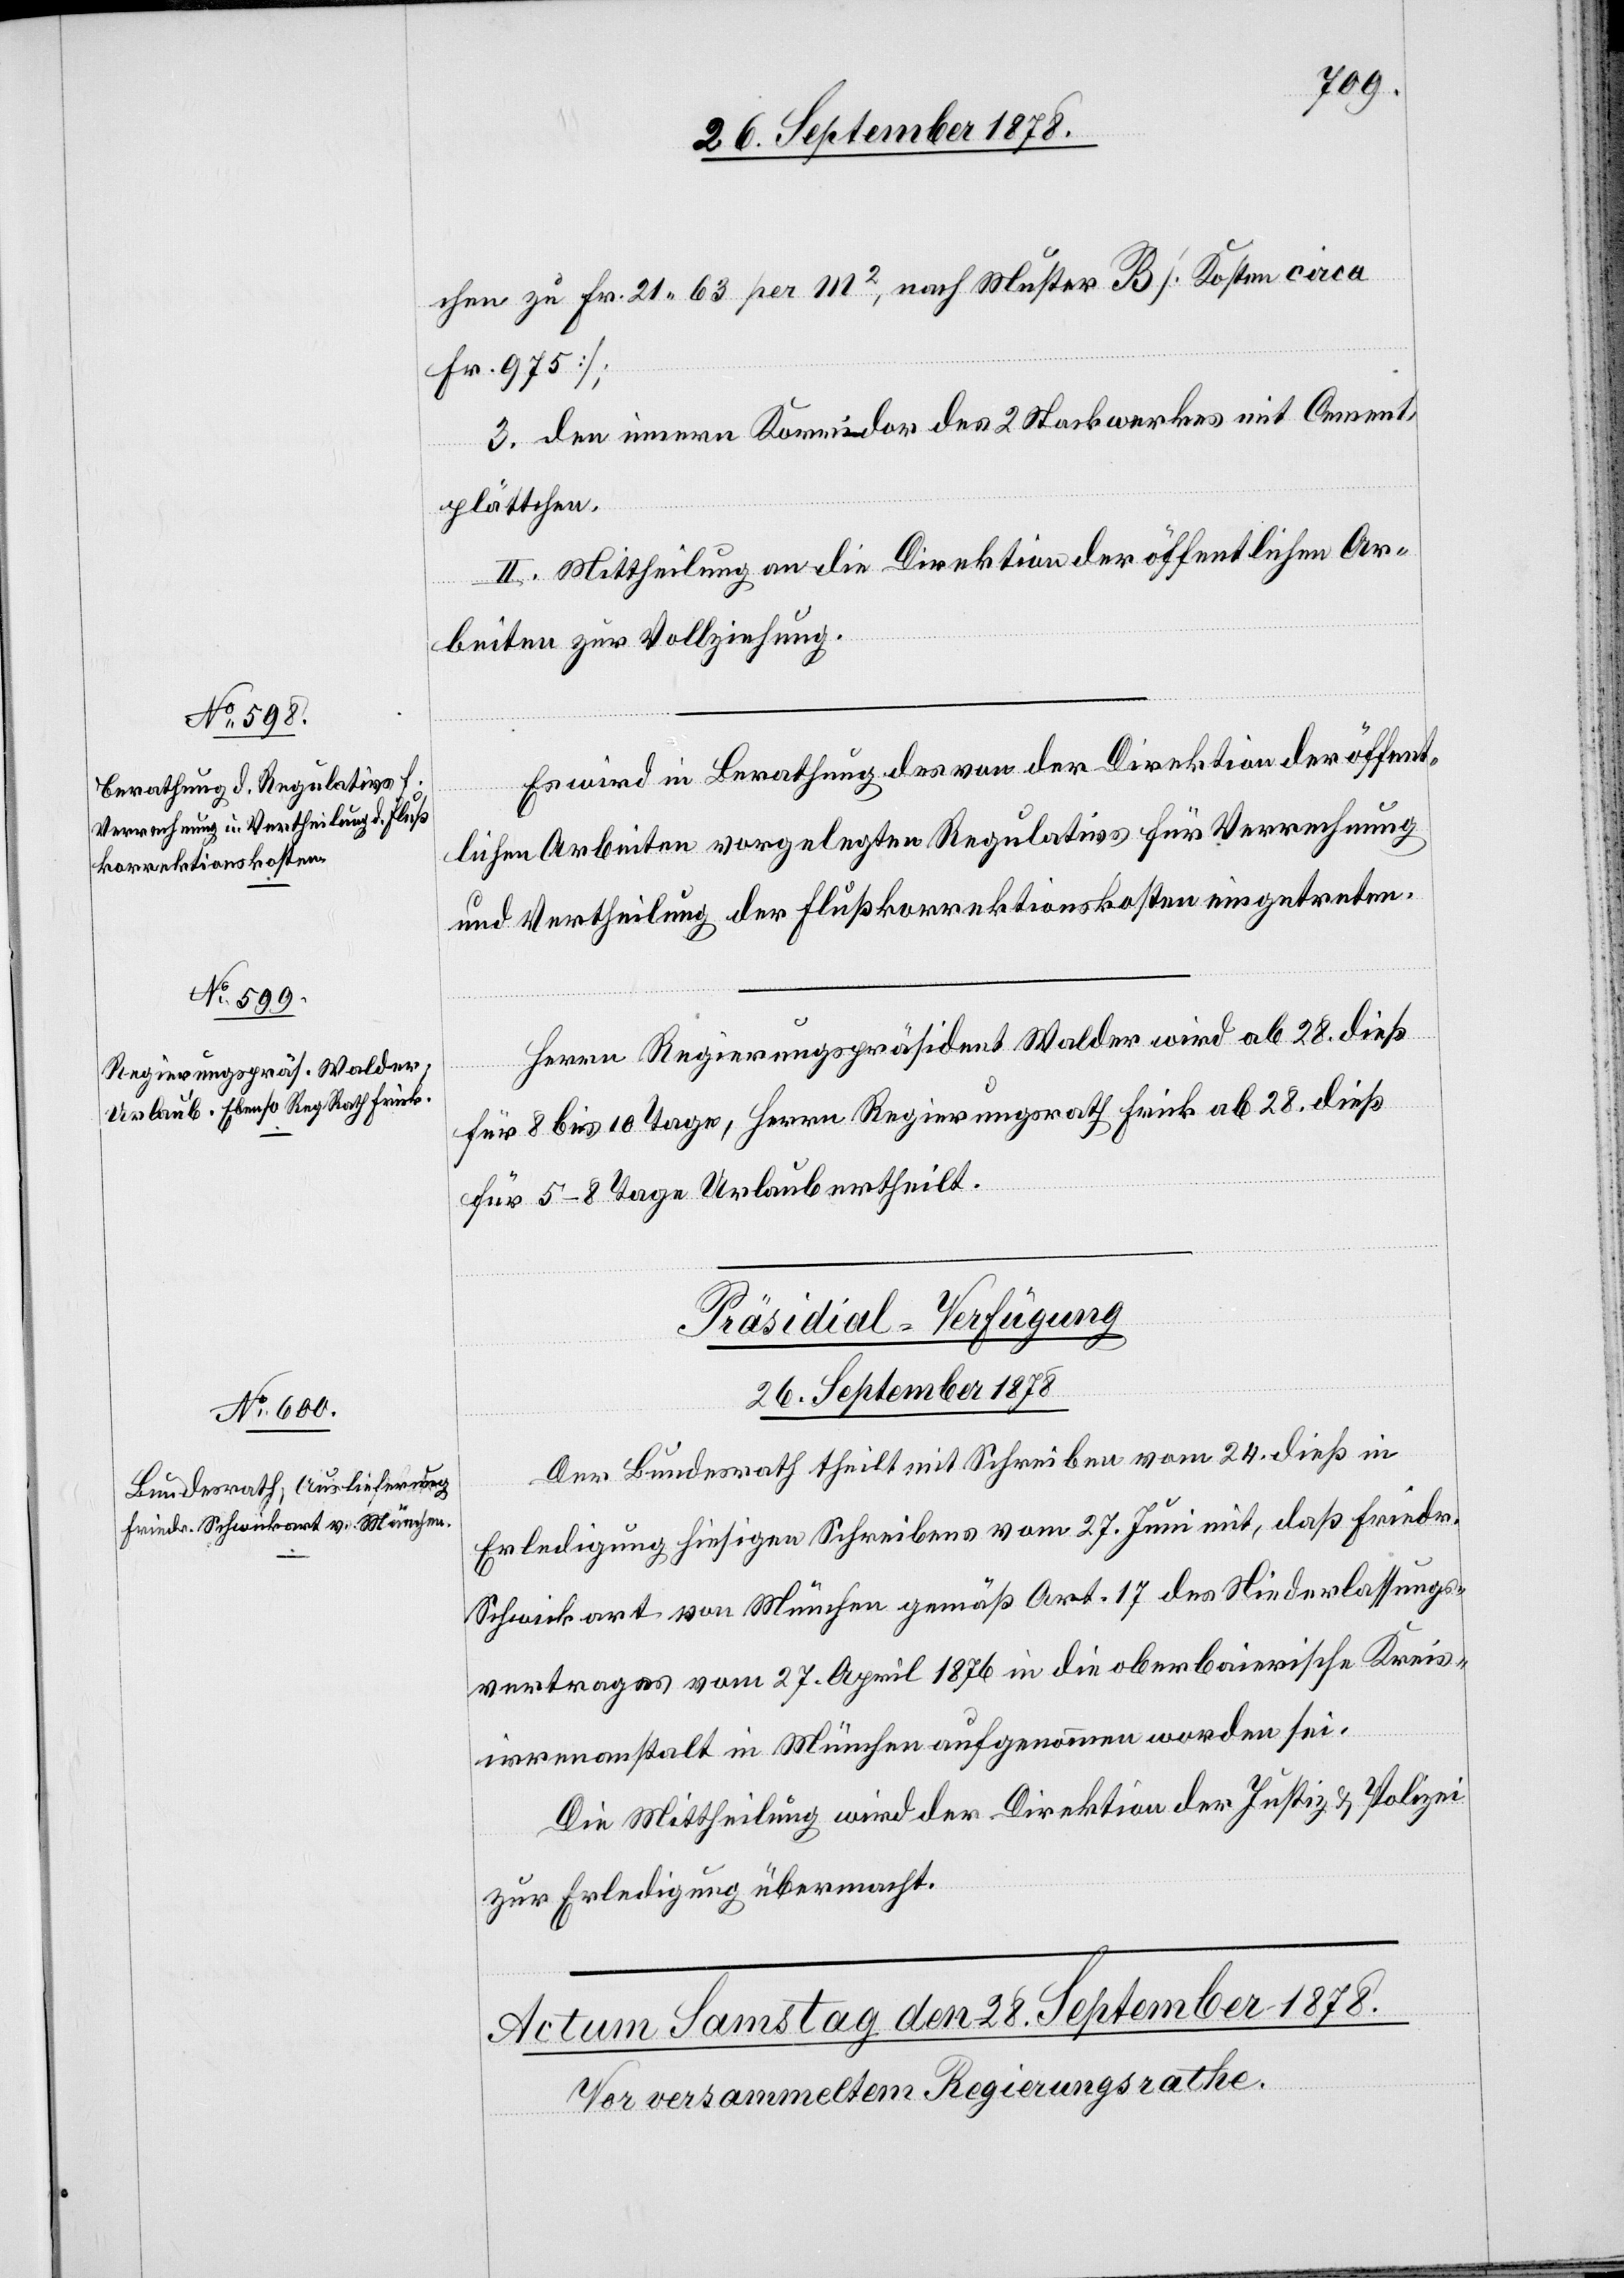
chen zu Fr. 21 61 per m2, nach Muster B [Kosten circa
Fr. 975];
3. den innern Korridor des 2. Stockwerkes mit Cement¬
plättchen.
II. Mittheilung an die Direktion der öffentlichen Ar¬
beiten zur Vollziehung.
Es wird in Berathung des von der Direktion der öffent¬
lichen Arbeiten vorgelegten Regulativs für Verrechnung
und Vertheilung der Flußkorrektionskosten eingetreten.
Herrn Regierungspräsident Walder wird ab 28. dieß
für 8 bis 10 Tage, Herrn Regierungsrath Frick ab 28. dieß
für 5–8 Tage Urlaub ertheilt.
Präsidial-Verfügung
26. September 1878.
Der Bundesrath theilt mit Schreiben vom 24. dieß in
Erledigung hiesigen Schreibens vom 27. Juni mit, daß Friedr.
Schwickart von München gemäß Art. 17 des Niederlassungs¬
vertrages vom 27. April 1876 in die oberbaierische Kreis¬
irrenanstalt in München aufgenommen worden sei.
Die Mittheilung wird der Direktion der Justiz & Polizei
zur Erledigung übermacht.